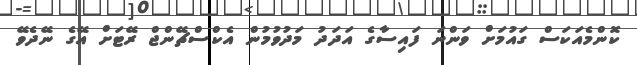
ކޮންމެއަކަސް ގައުމަށް ވަންނަ ފައިސާގެ އަދަދު މަދުވުމުން އެކްސްޗޭންޖް ރޭޓަށް އޭގެ ނޭދެވޭ